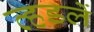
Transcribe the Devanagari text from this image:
व्हडलें